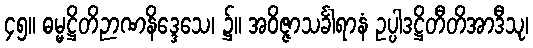
၄၅။ ဓမ္မဋ္ဌိတိဉာဏနိဒ္ဒေသေ၊ ၌။ အဝိဇ္ဇာသင်္ခါရာနံ ဥပ္ပါဒဋ္ဌိတီတိအာဒီသု၊